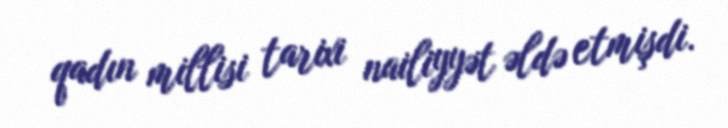
qadın millisi tarixi nailiyyət əldə etmişdi.